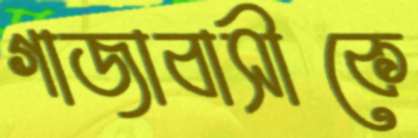
গাজাবাসীকে